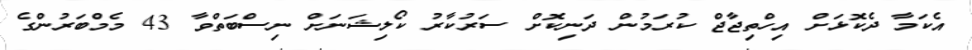
އެކަމާ ދެކޮޅަށް އިހްތިޖާޖް ކުރަމުން ދަނިކޮށް ސަރުކާރު ކޯލިޝަނަށް ނިސްބަތްވާ 43 މެމްބަރުންގެ